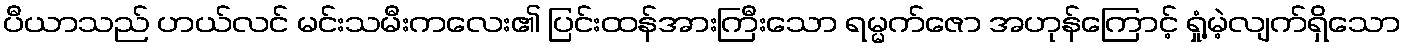
ပီယာသည် ဟယ်လင် မင်းသမီးကလေး၏ ပြင်းထန်အားကြီးသော ရမ္မက်ဇော အဟုန်ကြောင့် ရှုံ့မဲ့လျက်ရှိသော